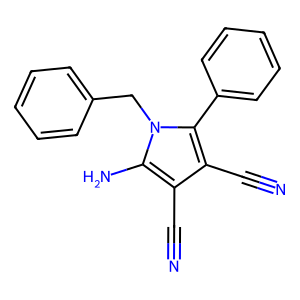
SMILES: N#Cc1c(C#N)c(-c2ccccc2)n(Cc2ccccc2)c1N
Inhibits HIV replication: No